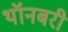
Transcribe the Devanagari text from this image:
थॉनबरी